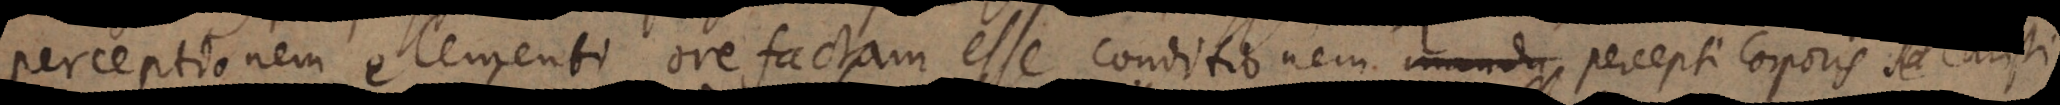
perceptionem elementi ore factam esse conditionem mandu perceptionis. percepti